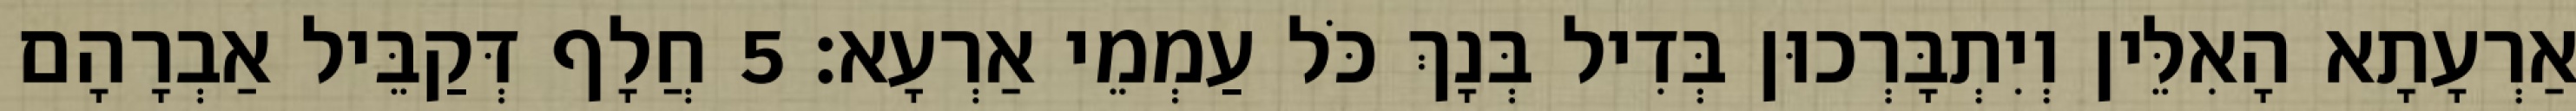
אַרְעָתָא הָאִלֵּין וְיִתְבָּרְכוּן בְּדִיל בְּנָךְ כֹּל עַמְמֵי אַרְעָא׃ 5 חֲלָף דְּקַבֵּיל אַבְרָהָם